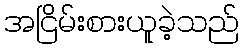
အငြိမ်းစားယူခဲ့သည်